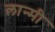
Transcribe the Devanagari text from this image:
लान्मी